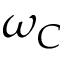
\omega _ { C }